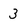
Character: 3